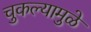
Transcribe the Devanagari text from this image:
चुकल्यामुळे